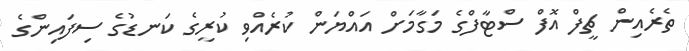
ތެރެއިން ޗީފް އޮފް ސްޓާފްގެ މަގާމަށް އައްޔަން ކުރެއްވި ކުރީގެ ކަނޑުގެ ސިފައިންގެ